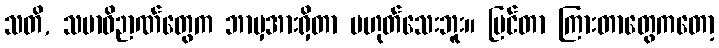
သတိ, သမာဓိဉာဏ်တွေက ဘာမှအားရှိတာ မဟုတ်သေးဘူး။ မြင်တာ ကြားတာတွေကတော့